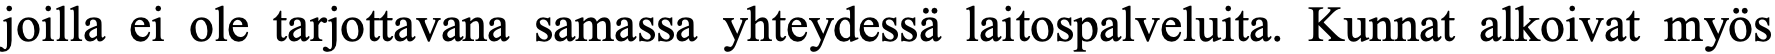
joilla ei ole tarjottavana samassa yhteydessä laitospalveluita. Kunnat alkoivat myös